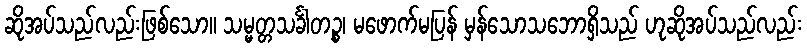
ဆိုအပ်သည်လည်းဖြစ်သော။ သမ္မတ္တသင်္ခါတဉ္စ၊ မဖောက်မပြန် မှန်သောသဘောရှိသည် ဟုဆိုအပ်သည်လည်း